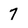
Character: 7